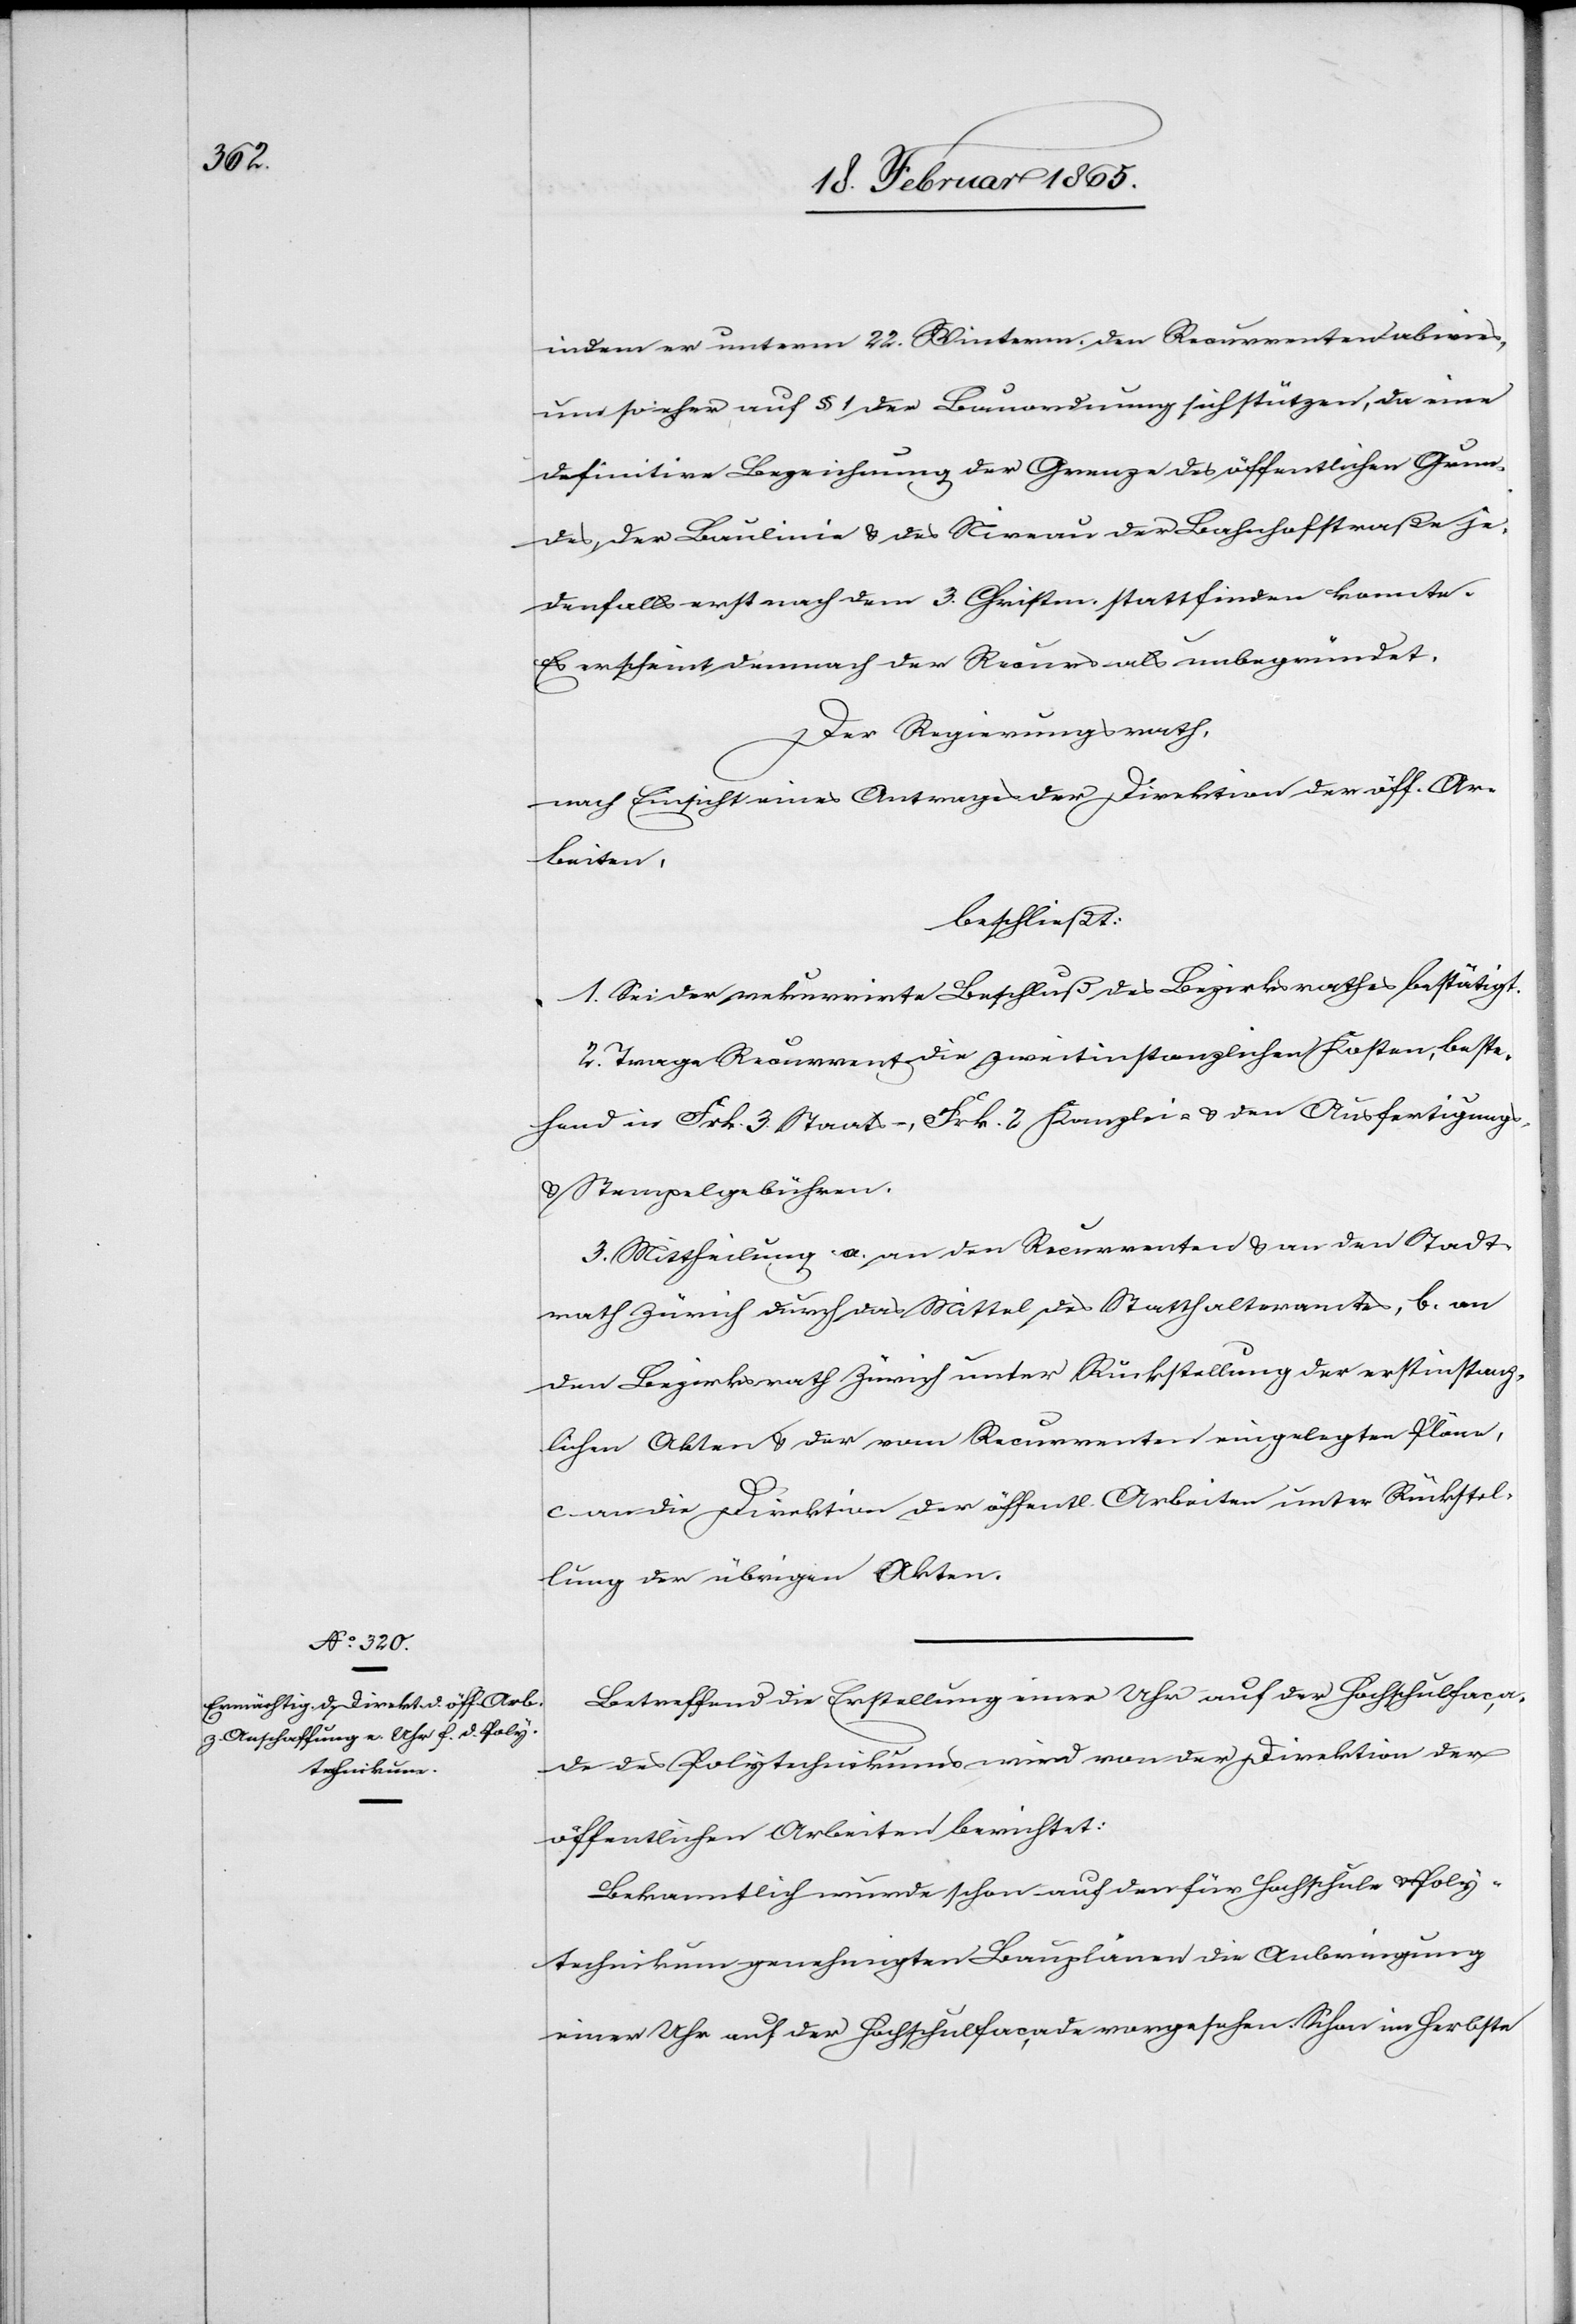
indem er unterm 22. Winterm. den Recurrenten abwies,
um so eher auf § 1 der Bauordnung sich stützen, da eine
definitive Bezeichnung der Grenze des öffentlichen Grun¬
des, der Baulinie u. des Niveau der Bahnhofstraße je¬
denfalls erst nach dem 3. Christm. stattfinden konnte.
Es erscheint demnach der Recurs als unbegründet.
Der Regierungsrath,
nach Einsicht eines Antrages der Direktion der öff. Ar¬
beiten,
beschließt:
1. Sei der rekurrirte Beschluß des Bezirksrathes bestätigt.
2. Trage Recurrent die zweitinstanzlichen Kosten, beste¬
hend in Frk. 3 Staats-, Frk. 2 Kanzlei- u. den Ausfertigungs-
u. Stempelgebühren.
3. Mittheilung a. an den Recurrenten u. an den Stadt¬
rath Zürich durch das Mittel des Statthalteramtes, b. an
den Bezirksrath Zürich unter Rückstellung der erstinstanz¬
lichen Akten u. der vom Recurrenten eingelegten Pläne,
c. an die Direktion der öffentl. Arbeiten unter Rückstel¬
lung der übrigen Akten.
Betreffend die Erstellung einer Uhr auf der Hochschulfaca¬
de des Polytechnikums wird von der Direktion der
öffentlichen Arbeiten berichtet:
Bekanntlich wurde schon auf den für Hochschule u. Poly¬
technikum genehmigten Bauplänen die Anbringung
einer Uhr auf der Hochschulfacade vorgesehen. Schon im Herbste